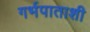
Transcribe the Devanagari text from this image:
गर्भपाताशी